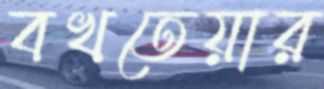
বখতেয়ার